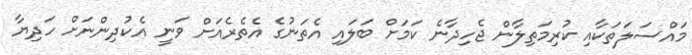
މައްސަލަތަކާއި ކުރިމަތިލާން ޖެހިދާނެ ކަމަށް ބަލައި އެތަނުގެ އެތެރެއަށް ވަނީ އެކުދިންނަށް ހަދިޔާ